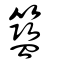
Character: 籃